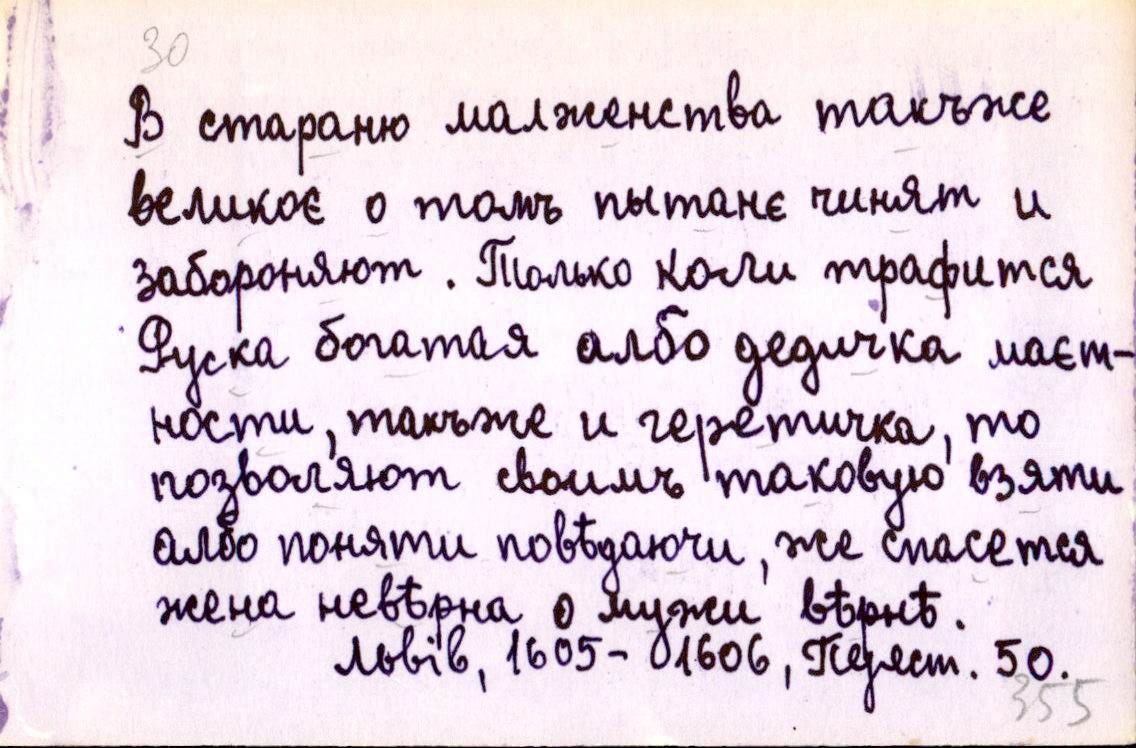
В стараню малженства такъже
великоє о томъ пытанє чинят и
забороняют. Толко колы трафится
Руска богатая албо дедичка маєт-
ности, такъже и геретичка, то
позволяют своимъ таковую взяти
албо поняти повѣдаючи, же спасется
жена невѣрна о мужи вѣрнѣ.
Львів, 1605-1606, Перест. 50.